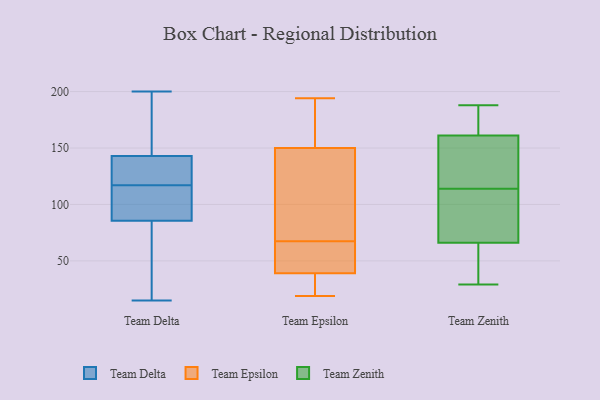
{"axis": {"x": "Inventory Turnover", "y": "Value"}, "legend": ["Team Delta", "Team Epsilon", "Team Zenith"], "data": [{"x": "", "y": 25, "type": "Team Delta"}, {"x": "", "y": 124, "type": "Team Delta"}, {"x": "", "y": 117, "type": "Team Delta"}, {"x": "", "y": 87, "type": "Team Delta"}, {"x": "", "y": 94, "type": "Team Delta"}, {"x": "", "y": 15, "type": "Team Delta"}, {"x": "", "y": 64, "type": "Team Delta"}, {"x": "", "y": 92, "type": "Team Delta"}, {"x": "", "y": 189, "type": "Team Delta"}, {"x": "", "y": 84, "type": "Team Delta"}, {"x": "", "y": 197, "type": "Team Delta"}, {"x": "", "y": 117, "type": "Team Delta"}, {"x": "", "y": 147, "type": "Team Delta"}, {"x": "", "y": 200, "type": "Team Delta"}, {"x": "", "y": 139, "type": "Team Delta"}, {"x": "", "y": 120, "type": "Team Delta"}, {"x": "", "y": 22, "type": "Team Epsilon"}, {"x": "", "y": 194, "type": "Team Epsilon"}, {"x": "", "y": 150, "type": "Team Epsilon"}, {"x": "", "y": 163, "type": "Team Epsilon"}, {"x": "", "y": 39, "type": "Team Epsilon"}, {"x": "", "y": 19, "type": "Team Epsilon"}, {"x": "", "y": 75, "type": "Team Epsilon"}, {"x": "", "y": 60, "type": "Team Epsilon"}, {"x": "", "y": 48, "type": "Team Epsilon"}, {"x": "", "y": 83, "type": "Team Epsilon"}, {"x": "", "y": 29, "type": "Team Zenith"}, {"x": "", "y": 38, "type": "Team Zenith"}, {"x": "", "y": 117, "type": "Team Zenith"}, {"x": "", "y": 52, "type": "Team Zenith"}, {"x": "", "y": 173, "type": "Team Zenith"}, {"x": "", "y": 161, "type": "Team Zenith"}, {"x": "", "y": 66, "type": "Team Zenith"}, {"x": "", "y": 181, "type": "Team Zenith"}, {"x": "", "y": 99, "type": "Team Zenith"}, {"x": "", "y": 111, "type": "Team Zenith"}, {"x": "", "y": 161, "type": "Team Zenith"}, {"x": "", "y": 66, "type": "Team Zenith"}, {"x": "", "y": 188, "type": "Team Zenith"}, {"x": "", "y": 124, "type": "Team Zenith"}, {"x": "", "y": 92, "type": "Team Zenith"}, {"x": "", "y": 169, "type": "Team Zenith"}, {"x": "", "y": 31, "type": "Team Zenith"}, {"x": "", "y": 137, "type": "Team Zenith"}]}